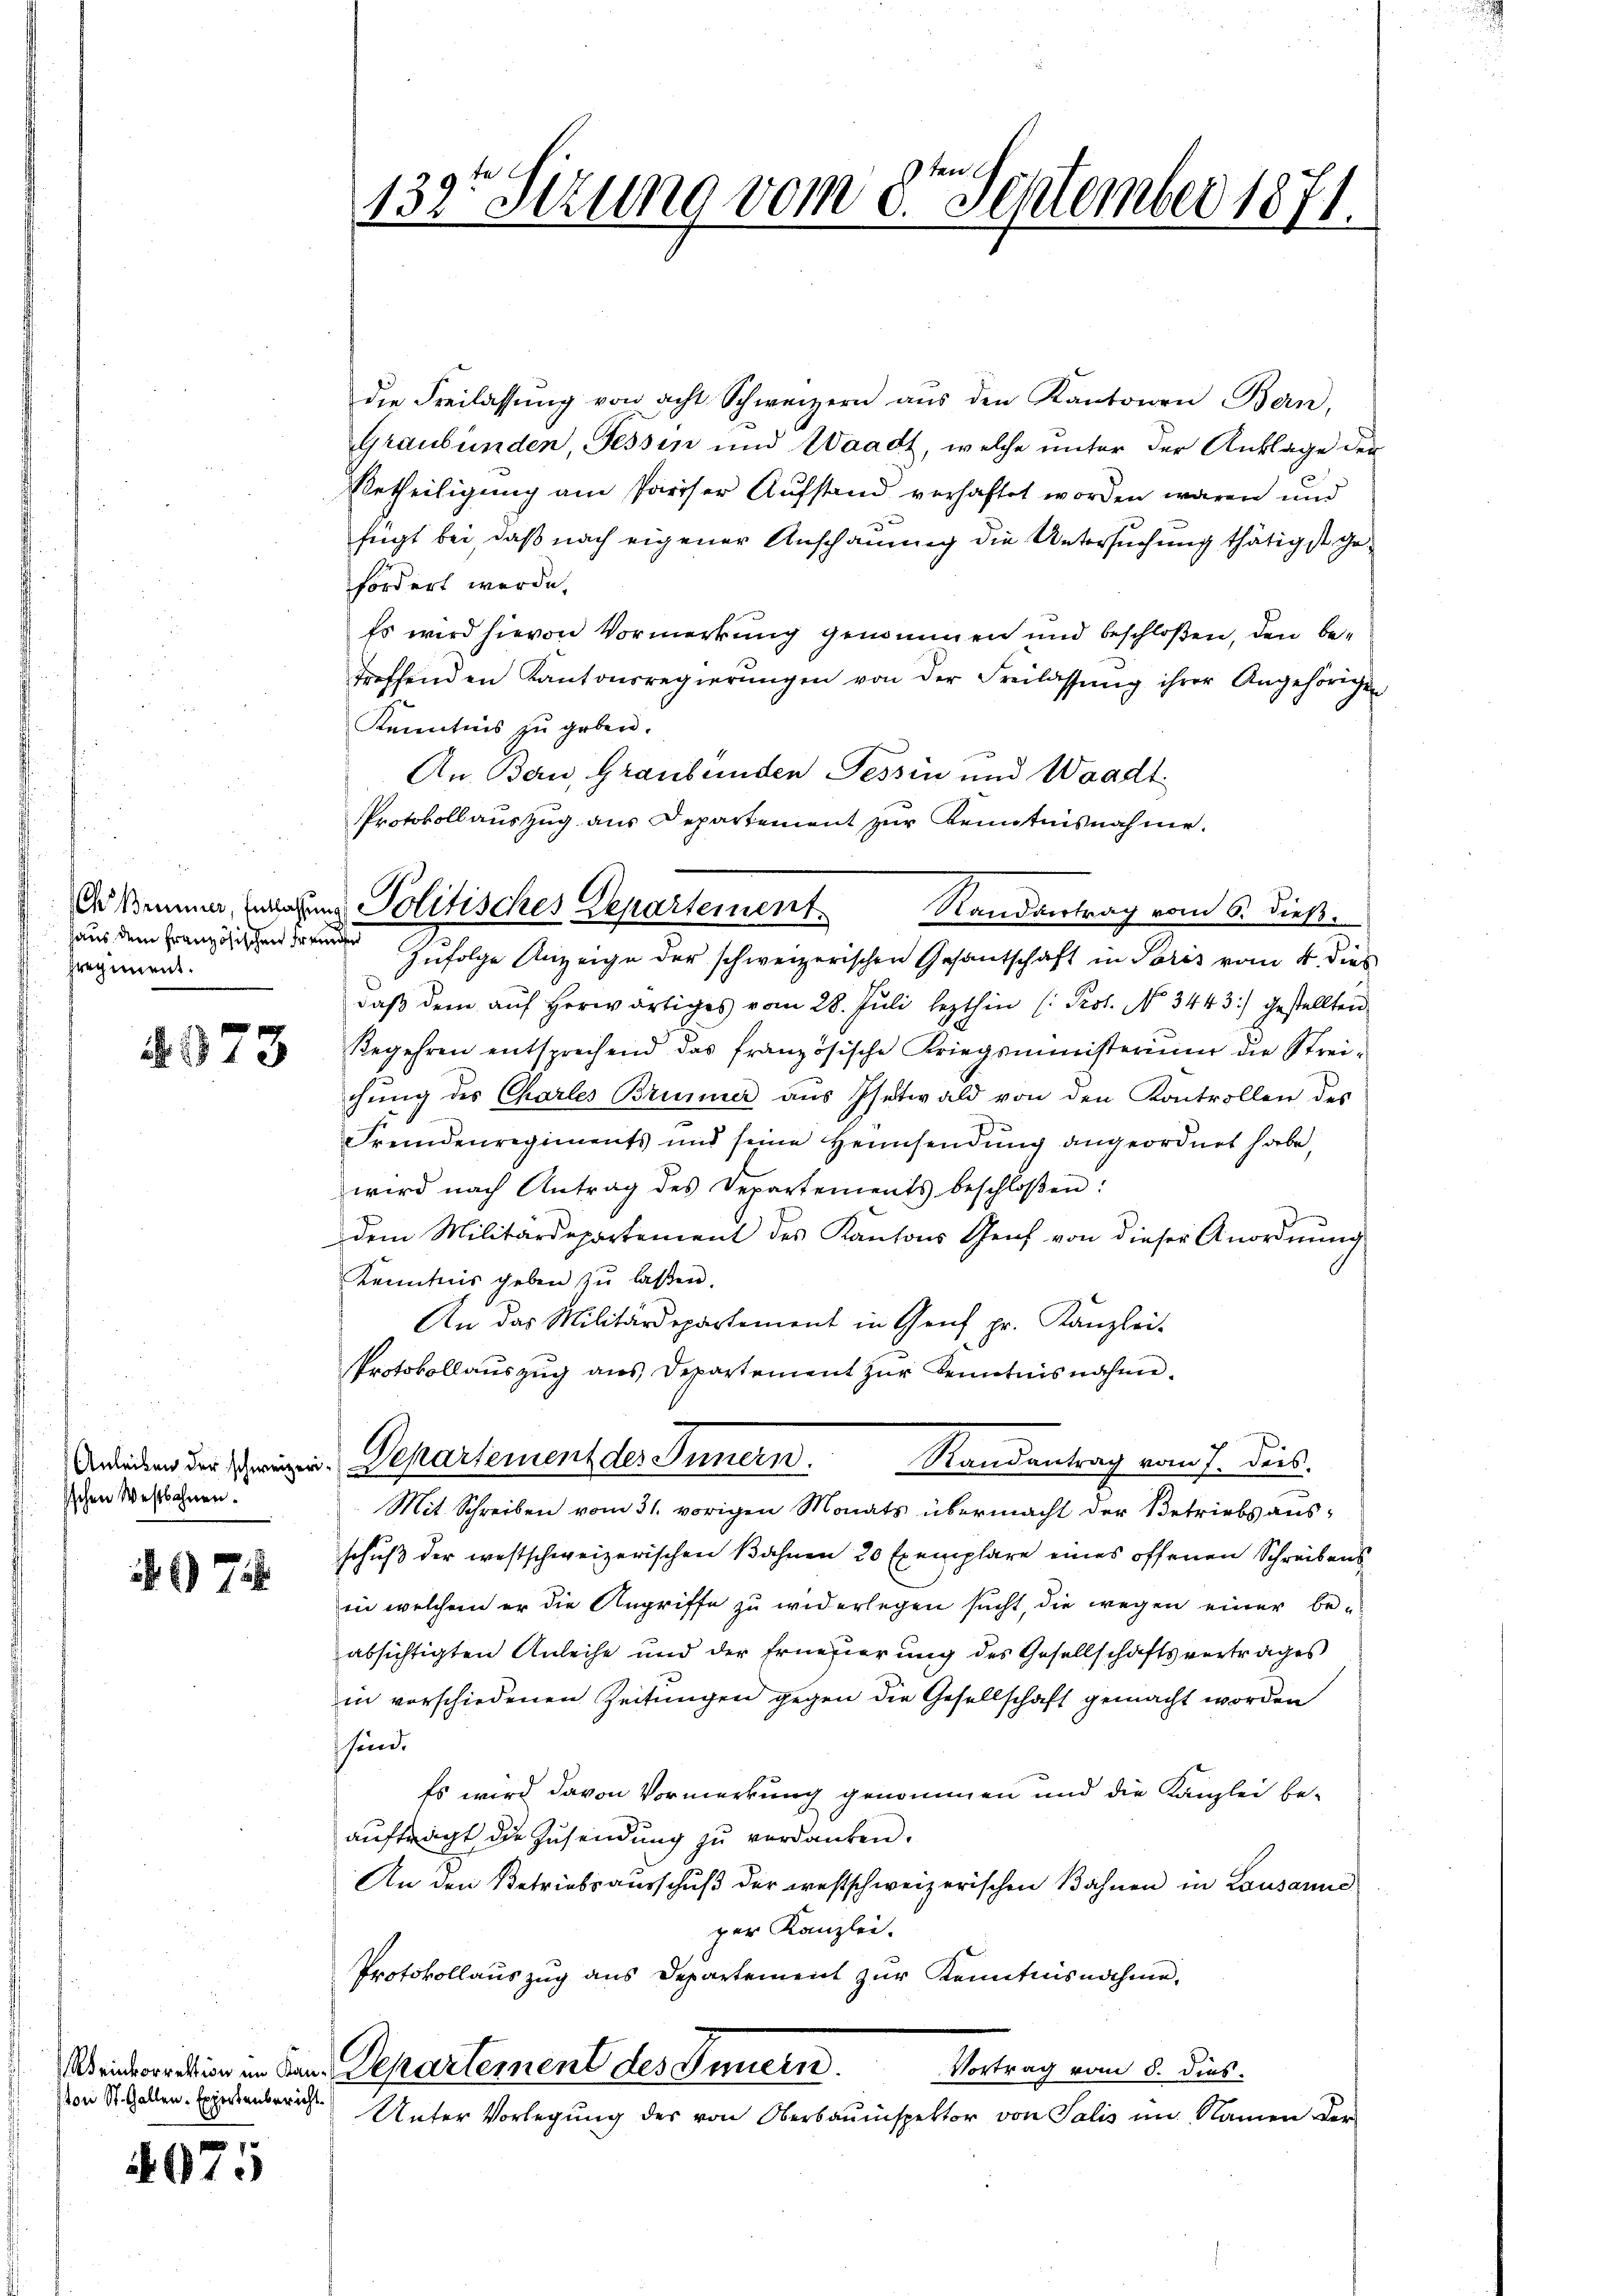
haus dem französischen Freude
hregiment.

A. 373

Anleiben der schweizer
ischen Westbahnen.

7

Weinkorrektion im Kan
ton St. Gallen-Expertenbericht.

e
615

1325 Sezung vom 8ten September 1871.

die Freilassŭng von acht Schweizern aŭs den Kantonen Bern,
Graubünden, Tessin und Waadt, welche unter der Anklage der
Betheiligung am Pariser Aufstand verhaftet worden waren und
fügt bei, daß nach eigener Anschauung die Untersuchung thätigst gefordert werde,
Es wird hievon Vormerkung genommen und beschloßen, den betreffenden Kantonsregierŭngen von der Freilassŭng ihrer Angehörigen
Kenntnis zu geben.
An Bern, Graubünden Tessin und Waadt
Protokollauszug aus Departement zur Kenntnisnahme.
Erstimmer, Erlaßung Politisches Departement.
Randvertrag vom 6. dieß.
Infolge Anzeige der schweizerischen Gesantschaft in Poris vom 4. dies
daβ dem aŭf herwärtiges vom 28. Juli lezthin (: Prot. No. 3443) gestellten
Begehren entsprechend das französische Kriegsministerium die Strei-
chung des Charler Brunner aus Isetwald von den Kontrollen des
Fremdenregiments und seine Heimsendung angeordnet habe,
wird nach Antrag des Departements beschloßen:
dem Militärdepartement des Kantons Genf von dieser Anordnung
Kenntnis geben zu laßen.
An das Militärdepartement in Genf pr. Kanzlei-
Protokollauszug aus Departement zur Kenntnisnahme.

Departement des Innern. Randantrag vom 7. deis.

Mit Schreiben vom 31. vorigen Monats übermacht der Betriebsausschuß der westschweizerischen Bahnen 20 Exemplare eines offenen Schreibensin welchem er die Angriffe zu widerlegen sucht, die wegen einer beabsichtigten Anleihe und der Erneuerung des Gesellschaftsvertrages
in vorschiedenen Zeitungen gegen die Gesellschaft gemacht worden
sind.
Es wird davon Vormerkung genommen und die Kanzlei be-
aufträgt die Zusendung zu verdanken.
An den Betriebsausschuß der westschweizerischen Bahnen in Lausanne
per Kanzlei.
Protokollauszug aus Departement zur Kenntnisnahme.
Vortrag vom 5. dies
Departement des Innern.
Unter Vorlegung des von Oberbauinspektor von Salis im Namen Ver-